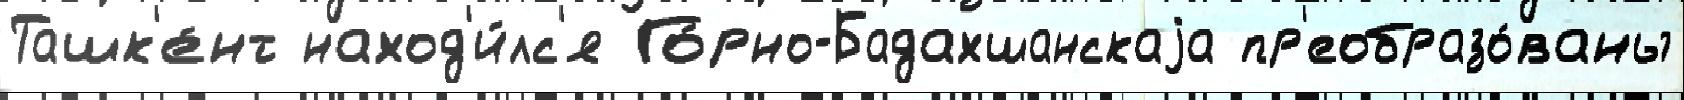
Ташк'е́нт наход'и́лс'я Го́рно-Бадахшанскаjа пр'еобразо́ваны